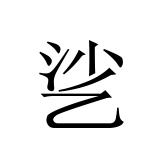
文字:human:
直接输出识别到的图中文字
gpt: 乷